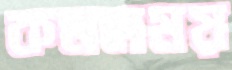
কমলময়